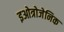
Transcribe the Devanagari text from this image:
इओत्रोजेनिक